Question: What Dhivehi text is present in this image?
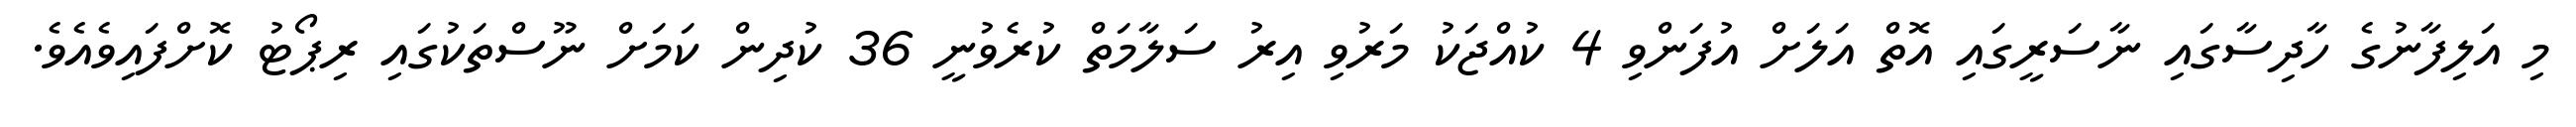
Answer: މި އަލިފާނުގެ ހާދިސާގައި ނާސަރީގައި އޮތް އަލަށް އުފަންވި 4 ކުއްޖަކު މަރުވި އިރު ސަލާމަތް ކުރެވުނީ 36 ކުދިން ކަމަށް ނޫސްތަކުގައި ރިޕޯޓު ކޮށްފައިވެއެވެ.